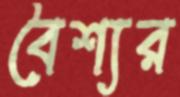
বৈশ্যর